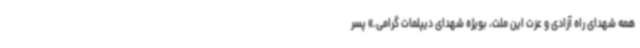
همه شهدای راه آزادی و عزت این ملت، بویژه شهدای دیپلمات گرامی.» پسر